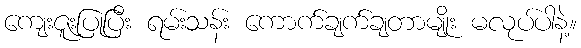
ကျေးဇူးပြုပြီး ရမ်းသန်း ကောက်ချက်ချတာမျိုး မလုပ်ပါနဲ့။